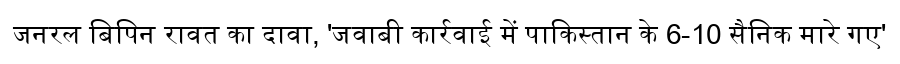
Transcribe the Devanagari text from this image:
जनरल बिपिन रावत का दावा, 'जवाबी कार्रवाई में पाकिस्तान के 6-10 सैनिक मारे गए'